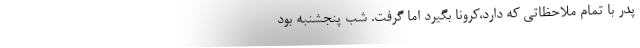
پدر با تمام ملاحظاتي كه دارد،كرونا بگيرد اما گرفت. شب پنجشنبه بود